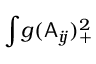
\int \! g ( \mathsf { A } _ { i \! j } ) _ { + } ^ { 2 }